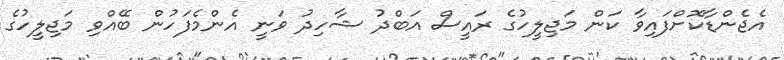
އެޖެންޑާކޮށްފައިވާ ކަން މަޖިލީހުގެ ރައީސް އަބްދު ޝާހިދު ވަނީ އެންމެފަހުން ބޭއްވި މަޖިލީހުގެ